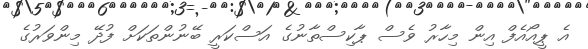
އެ ޕީއޯއެފް އިން މިހާރު ވެސް ޕާކިސްތާނުގެ އަސްކަރީ ބޭނުންތަކަށް ފުދޭ މިންވަރުގެ